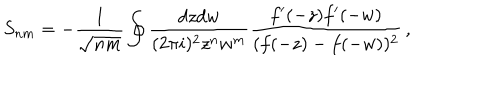
LaTeX: S _ { n m } = - \frac { 1 } { \sqrt { n m } } \oint \frac { d z d w } { ( 2 \pi i ) ^ { 2 } z ^ { n } w ^ { m } } \frac { f ^ { \prime } ( - z ) f ^ { \prime } ( - w ) } { ( f ( - z ) - f ( - w ) ) ^ { 2 } } \, ,